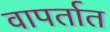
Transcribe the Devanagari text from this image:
वापर्तात